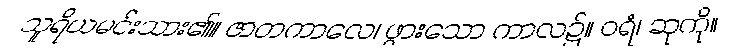
သူရိယမင်းသား၏။ ဇာတကာလေ၊ ဖွားသော ကာလ၌။ ဝရံ၊ ဆုကို။